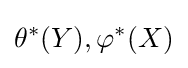
\theta ^{*}(Y),\varphi ^{*}(X)